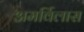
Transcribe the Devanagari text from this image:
अमर्विलास